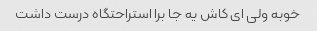
خوبه ولی ای کاش یه جا برا استراحتگاه درست داشت